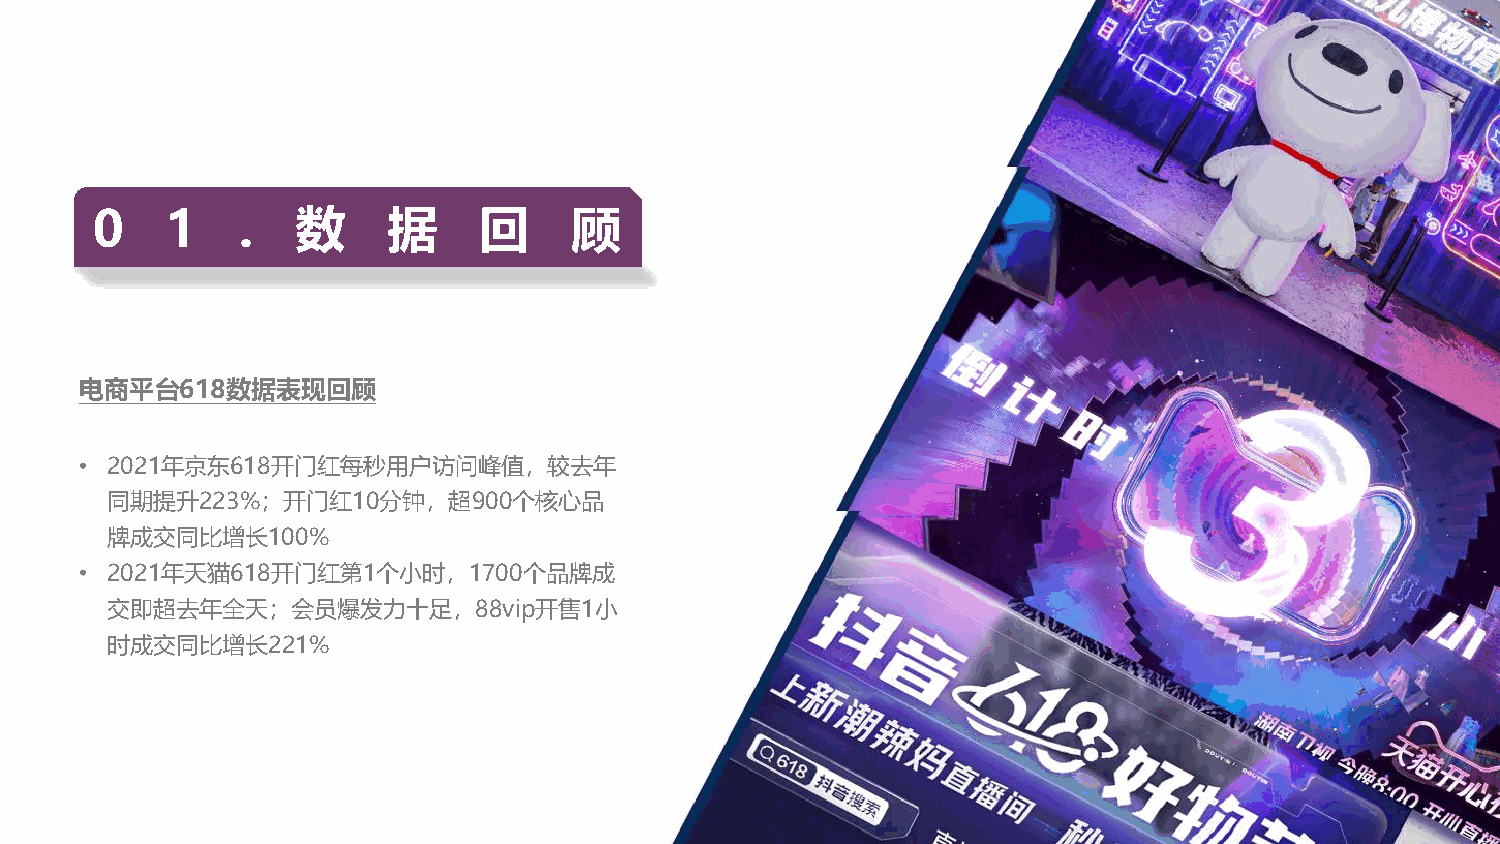
0    1    .   数     据     回     顾
 电商平台618数据表现回顾
 • 2021年京东618开门红每秒用户访问峰值，较去年
 同期提升223%；开门红10分钟，超900个核心品
 牌成交同比增长100%
 • 2021年天猫618开门红第1个小时，1700个品牌成
 交即超去年全天；会员爆发力十足，88vip开售1小
 时成交同比增长221%